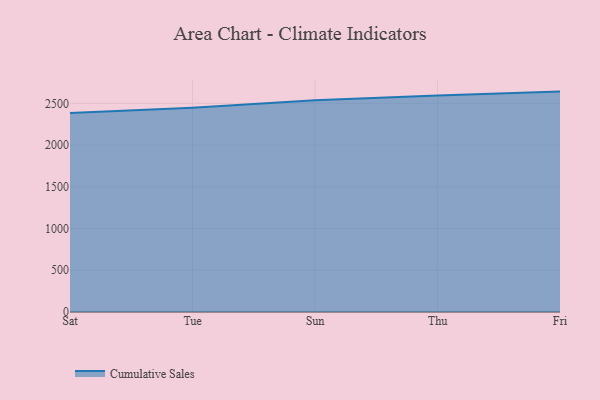
{"axis": {"x": "Day", "y": "Production Output"}, "legend": ["Cumulative Sales"], "data": [{"x": "Sat", "y": 2384.1, "type": "Cumulative Sales"}, {"x": "Tue", "y": 2447.8, "type": "Cumulative Sales"}, {"x": "Sun", "y": 2536.3, "type": "Cumulative Sales"}, {"x": "Thu", "y": 2593.7, "type": "Cumulative Sales"}, {"x": "Fri", "y": 2641.1, "type": "Cumulative Sales"}]}